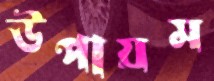
উপায়ম